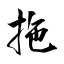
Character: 拖